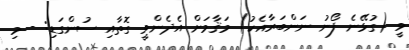
ވީ (ގުޅޭނެ ފޯނު ނަންބަރާއެކު) މަޤާމަށް އެދެންވީ ގޮތާއި ސުންގަޑި: - މި